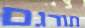
תורגם